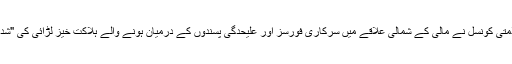
اقوام متحدہ کی سلامتی کونسل نے مالی کے شمالی علاقے میں سرکاری فورسز اور علیحدگی پسندوں کے درمیان ہونے والے ہلاکت خیز لڑائی کی "شدید مذمت" کی ہے۔